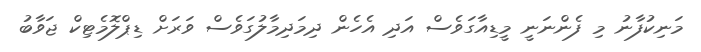
މަނިކުފާނު މި ފެންނަނީ މީޑިއާގަވެސް އަދި އެހެން ދިމަދިމާލުގަވެސް ވަރަށް ޑިޕްލޮމެޓިކް ޖަވާބު